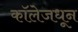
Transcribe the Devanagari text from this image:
कॉलेजधून